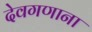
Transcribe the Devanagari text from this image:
देवगणाना